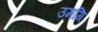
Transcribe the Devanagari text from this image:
उमगि